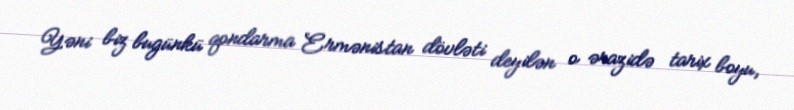
Yəni biz bugünkü qondarma Ermənistan dövləti deyilən o ərazidə tarix boyu,